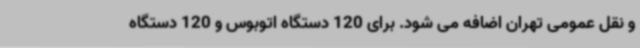
و نقل عمومی تهران اضافه می شود. برای 120 دستگاه اتوبوس و 120 دستگاه